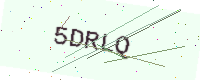
Text: 5DRLQ